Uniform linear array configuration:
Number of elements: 4
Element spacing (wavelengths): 0.75
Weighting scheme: blackman
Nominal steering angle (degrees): -30
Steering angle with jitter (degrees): -28.214
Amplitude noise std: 0.05
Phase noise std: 0.05

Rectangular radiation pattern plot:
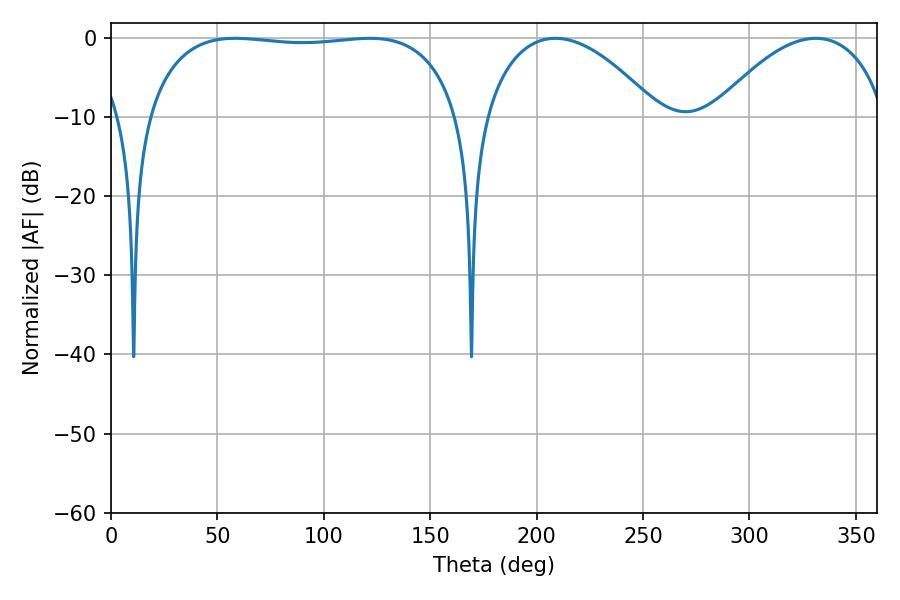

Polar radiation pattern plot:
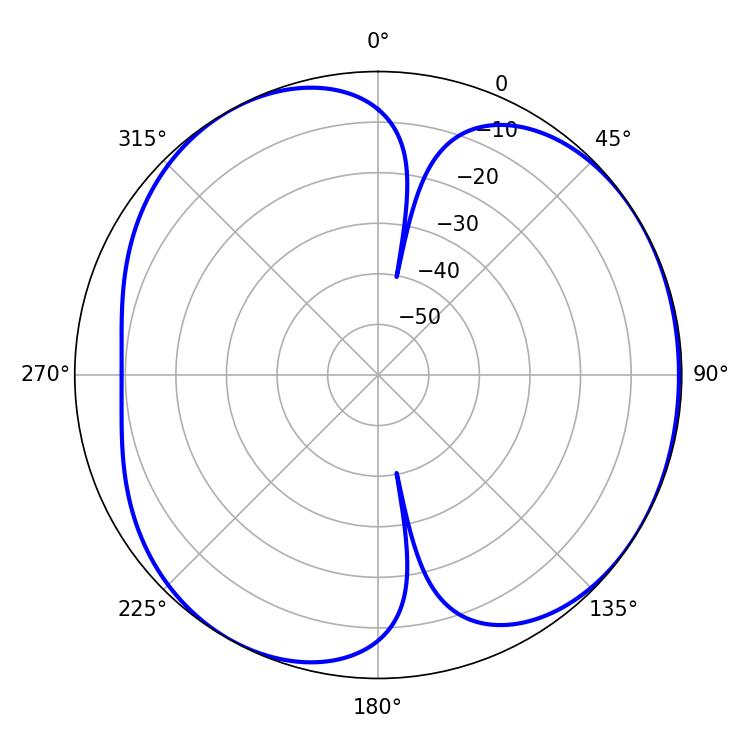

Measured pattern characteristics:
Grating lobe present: TRUE
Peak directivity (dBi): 4.709
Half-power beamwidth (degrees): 45.9
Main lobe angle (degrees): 208.8